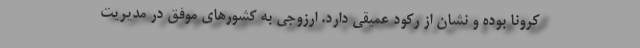
کرونا بوده و نشان از رکود عمیقی دارد. ارزوجی به کشورهای موفق در مدیریت